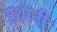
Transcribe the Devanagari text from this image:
प्रथांनी